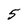
Character: 5